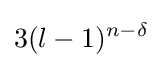
3(l-1)^{n-\delta }